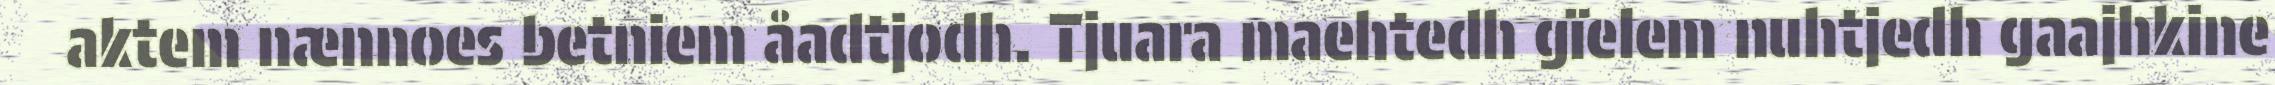
aktem nænnoes betniem åadtjodh. Tjuara maehtedh gïelem nuhtjedh gaajhkine